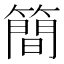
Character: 簡